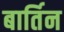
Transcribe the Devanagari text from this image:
बार्तिन